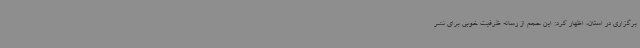
برگزاری در استان، اظهار کرد: این حجم از رسانه ظرفیت خوبی برای نشر